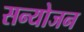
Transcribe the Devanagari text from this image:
सन्योजन